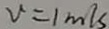
v = 1 m / s